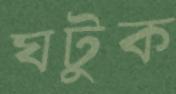
ঘটুক